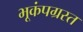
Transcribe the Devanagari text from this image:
भूकंपग्रस्त